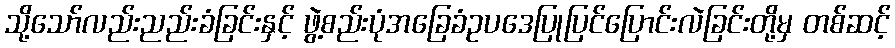
သို့သော်လည်းညည်းခံခြင်းနှင့် ဖွဲ့စည်းပုံအခြေခံဥပဒေပြုပြင်ပြောင်းလဲခြင်းတို့မှ တစ်ဆင့်